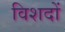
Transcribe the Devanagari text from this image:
विशदों